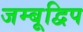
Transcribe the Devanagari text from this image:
जम्बूद्विप